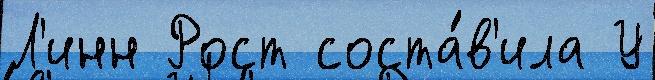
Л'инн Рост соста́в'ила У